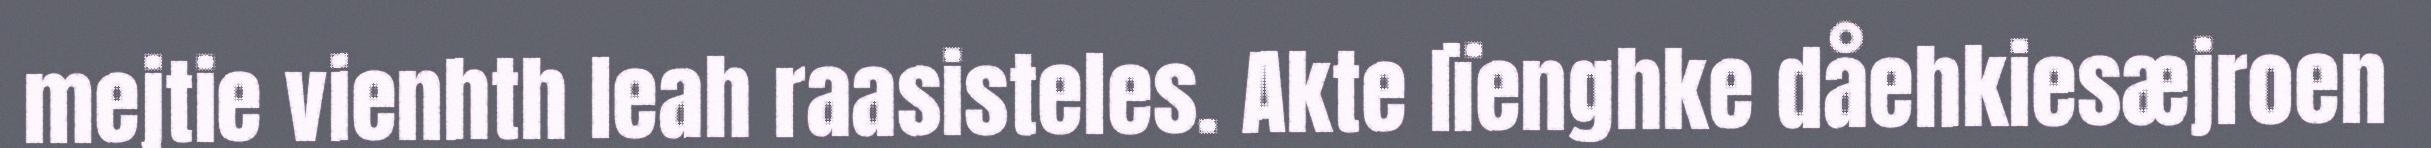
mejtie vienhth leah raasisteles. Akte lïenghke dåehkiesæjroen